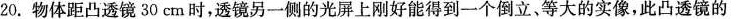
20. 物体距凸透镜30cm时，透镜另一侧的光屏上刚好能得到一个倒立、等大的实像，此凸透镜的